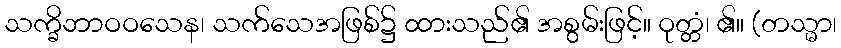
သက္ခိဘာဝဝသေန၊ သက်သေအဖြစ်၌ ထားသည်၏ အစွမ်းဖြင့်။ ဝုတ္တံ၊ ၏။ (တသ္မာ၊